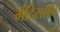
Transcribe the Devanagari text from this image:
मंदिरातही